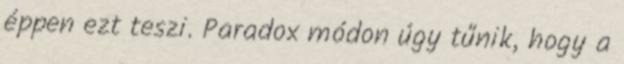
éppen ezt teszi. Paradox módon úgy tűnik, hogy a